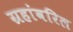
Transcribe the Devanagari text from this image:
ग्रहांवरिल